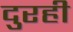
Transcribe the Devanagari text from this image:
दुरही